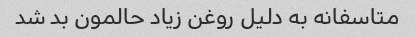
متاسفانه به دلیل روغن زیاد حالمون بد شد